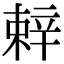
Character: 辢